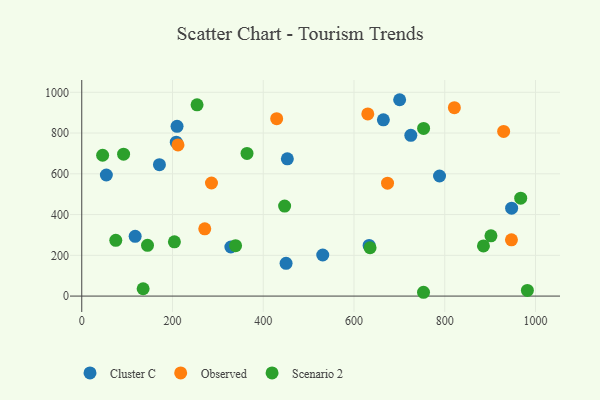
{"axis": {"x": "Price", "y": "Profit"}, "legend": ["Cluster C", "Observed", "Scenario 2"], "data": [{"x": "725.2", "y": 788.9, "type": "Cluster C"}, {"x": "208.3", "y": 755.4, "type": "Cluster C"}, {"x": "633.3", "y": 248.4, "type": "Cluster C"}, {"x": "788.5", "y": 589.4, "type": "Cluster C"}, {"x": "453.1", "y": 673.6, "type": "Cluster C"}, {"x": "531.1", "y": 201.6, "type": "Cluster C"}, {"x": "664.7", "y": 865.1, "type": "Cluster C"}, {"x": "210.0", "y": 832.9, "type": "Cluster C"}, {"x": "54.2", "y": 594.2, "type": "Cluster C"}, {"x": "947.4", "y": 431.2, "type": "Cluster C"}, {"x": "700.6", "y": 963.6, "type": "Cluster C"}, {"x": "171.2", "y": 645.0, "type": "Cluster C"}, {"x": "328.6", "y": 240.9, "type": "Cluster C"}, {"x": "117.7", "y": 293.1, "type": "Cluster C"}, {"x": "450.3", "y": 160.9, "type": "Cluster C"}, {"x": "212.1", "y": 742.0, "type": "Observed"}, {"x": "821.2", "y": 924.7, "type": "Observed"}, {"x": "929.8", "y": 808.1, "type": "Observed"}, {"x": "947.0", "y": 276.0, "type": "Observed"}, {"x": "429.6", "y": 870.7, "type": "Observed"}, {"x": "285.9", "y": 554.9, "type": "Observed"}, {"x": "673.9", "y": 554.3, "type": "Observed"}, {"x": "271.1", "y": 330.1, "type": "Observed"}, {"x": "630.4", "y": 894.1, "type": "Observed"}, {"x": "967.4", "y": 480.4, "type": "Scenario 2"}, {"x": "885.3", "y": 246.3, "type": "Scenario 2"}, {"x": "92.2", "y": 696.3, "type": "Scenario 2"}, {"x": "901.8", "y": 295.9, "type": "Scenario 2"}, {"x": "46.0", "y": 691.1, "type": "Scenario 2"}, {"x": "144.9", "y": 249.0, "type": "Scenario 2"}, {"x": "447.1", "y": 441.7, "type": "Scenario 2"}, {"x": "204.2", "y": 266.5, "type": "Scenario 2"}, {"x": "635.4", "y": 237.2, "type": "Scenario 2"}, {"x": "982.1", "y": 27.6, "type": "Scenario 2"}, {"x": "339.0", "y": 247.6, "type": "Scenario 2"}, {"x": "753.2", "y": 18.7, "type": "Scenario 2"}, {"x": "75.0", "y": 273.4, "type": "Scenario 2"}, {"x": "364.2", "y": 700.1, "type": "Scenario 2"}, {"x": "135.3", "y": 36.1, "type": "Scenario 2"}, {"x": "753.4", "y": 822.8, "type": "Scenario 2"}, {"x": "254.1", "y": 938.6, "type": "Scenario 2"}]}